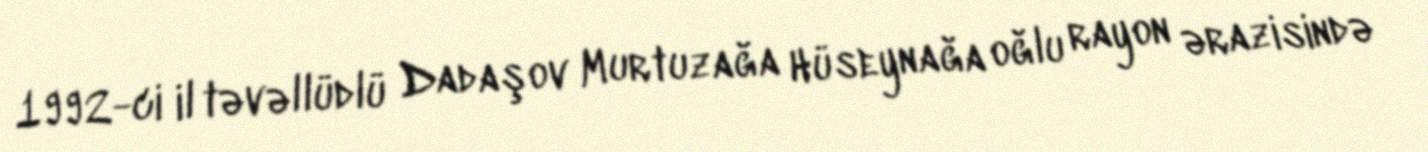
1992-ci il təvəllüdlü Dadaşov Murtuzağa Hüseynağa oğlu rayon ərazisində